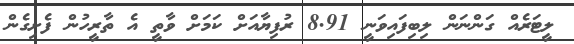
ލީޓަރެއް ގަންނަން ލިބިފައިވަނީ 8.91 ރުފިޔާއަށް ކަމަށް ވާތީ އެ ތާރީހުން ފެށިގެން